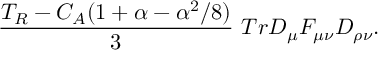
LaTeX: \frac { T _ { R } - C _ { A } ( 1 + \alpha - \alpha ^ { 2 } / 8 ) } { 3 } \ T r D _ { \mu } F _ { \mu \nu } D _ { \rho \nu } .